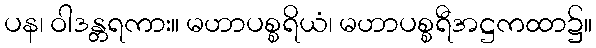
ပန၊ ဝါဒန္တရကား။ မဟာပစ္စရိယံ၊ မဟာပစ္စရီအဋ္ဌကထာ၌။